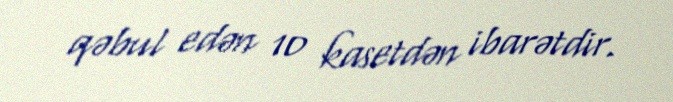
qəbul edən 10 kasetdən ibarətdir.